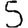
Digit: 5